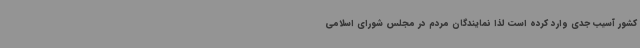
کشور آسیب جدی وارد کرده است لذا نمایندگان مردم در مجلس شورای اسلامی